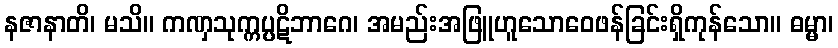
နဇာနာတိ၊ မသိ။ ကဏှသုက္ကပ္ပဋိဘာဂေ၊ အမည်းအဖြူဟူသောဝေဖန်ခြင်းရှိကုန်သော။ ဓမ္မာ၊